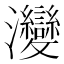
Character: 𤅶